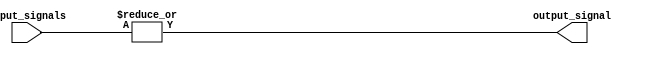
module eight_input_or_gate (
    input [7:0] input_signals,
    output output_signal
);

assign output_signal = |input_signals;

endmodule